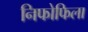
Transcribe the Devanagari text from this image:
निफोफिला